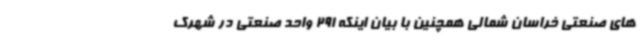
های صنعتی خراسان شمالی همچنین با بیان اینکه 291 واحد صنعتی در شهرک